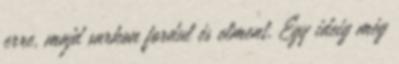
erre, majd sarkon fordul és elment. Egy ideig még